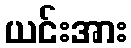
ယင်းအား